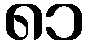
၈၁